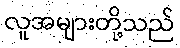
လူအများတို့သည်